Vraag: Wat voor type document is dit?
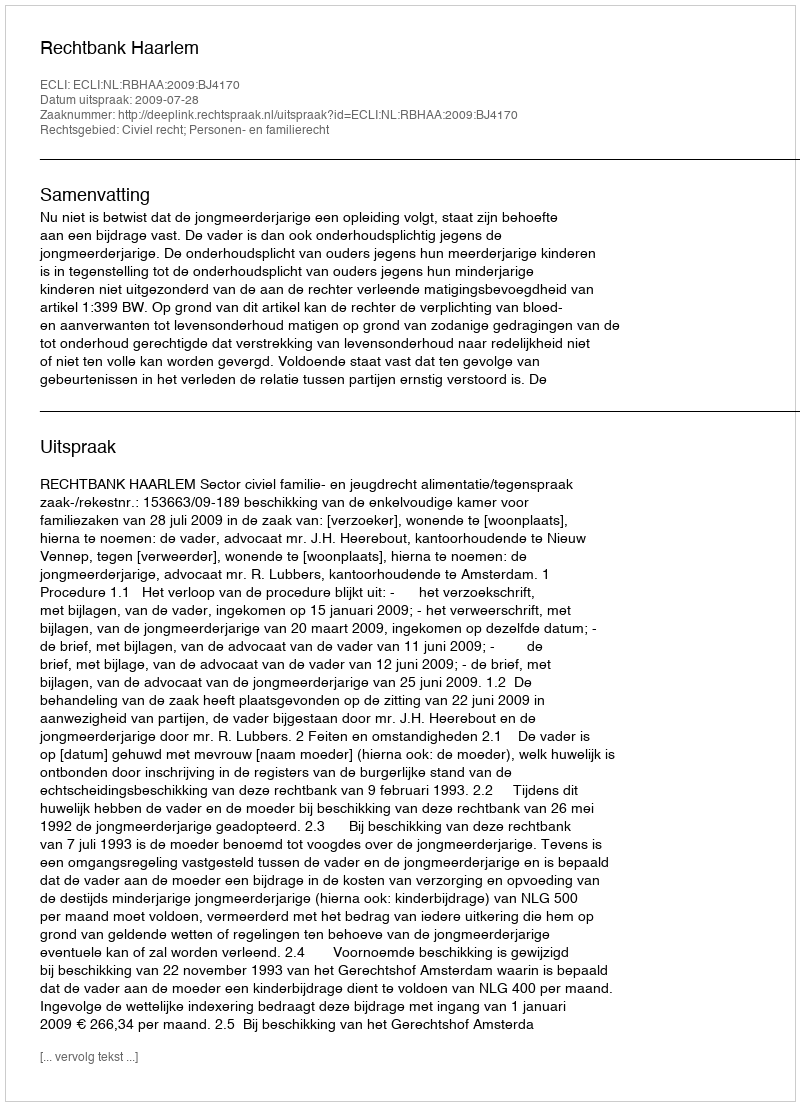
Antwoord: Uitspraak